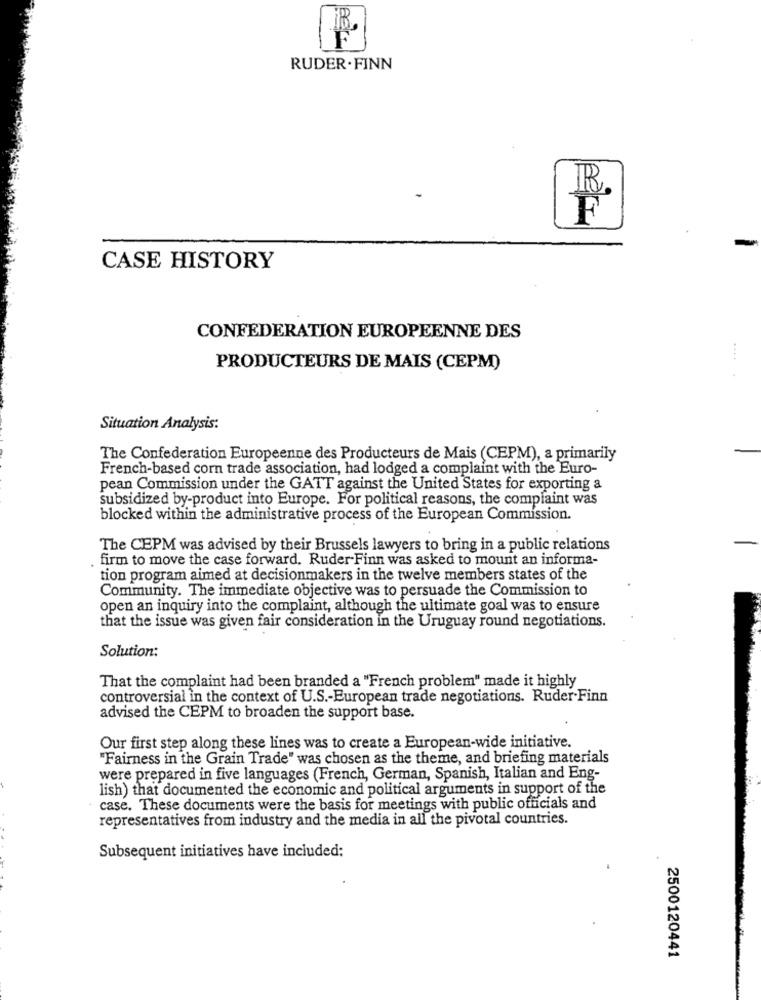
F'
RUDER . FINN
R.
F
CASE HISTORY
CONFEDERATION EUROPEENNE DES
....
PRODUCTEURS DE MAIS (CEPM)
Situation Analysis:
The Confederation Europeenne des Producteurs de Mais (CEPM), a primarily
French-based corn trade association, had lodged a complaint with the Euro-
pean Commission under the GATT against the United States for exporting a
subsidized by-product into Europe. For political reasons, the complaint was
blocked within the administrative process of the European Commission.
The CEPM was advised by their Brussels lawyers to bring in a public relations
firm to move the case forward. Ruder Finn was asked to mount an informa-
tion program aimed at decisionmakers in the twelve members states of the
Community. The immediate objective was to persuade the Commission to
open an inquiry into the complaint, although the ultimate goal was to ensure
that the issue was given fair consideration in the Uruguay round negotiations.
Solution:
That the complaint had been branded a "French problem" made it highly
controversial in the context of U.S .- European trade negotiations. Ruder Finn
advised the CEPM to broaden the support base.
Our first step along these lines was to create a European-wide initiative.
"Fairness in the Grain Trade" was chosen as the theme, and briefing materials
were prepared in five languages (French, German, Spanish, Italian and Eng-
lish) that documented the economic and political arguments in support of the
case. These documents were the basis for meetings with public officials and
representatives from industry and the media in all the pivotal countries.
Subsequent initiatives have included:
2500120441